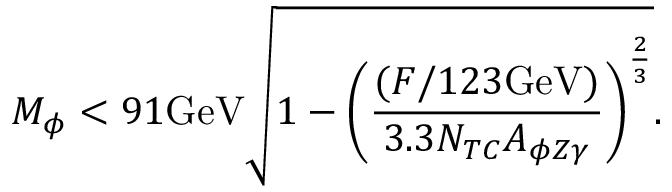
M _ { \phi } < 9 1 \mathrm { G e V } \sqrt { 1 - \left( { \frac { ( F / 1 2 3 \mathrm { G e V } ) } { 3 . 3 N _ { T C } A _ { \phi Z \gamma } } } \right) ^ { \frac { 2 } { 3 } } } .